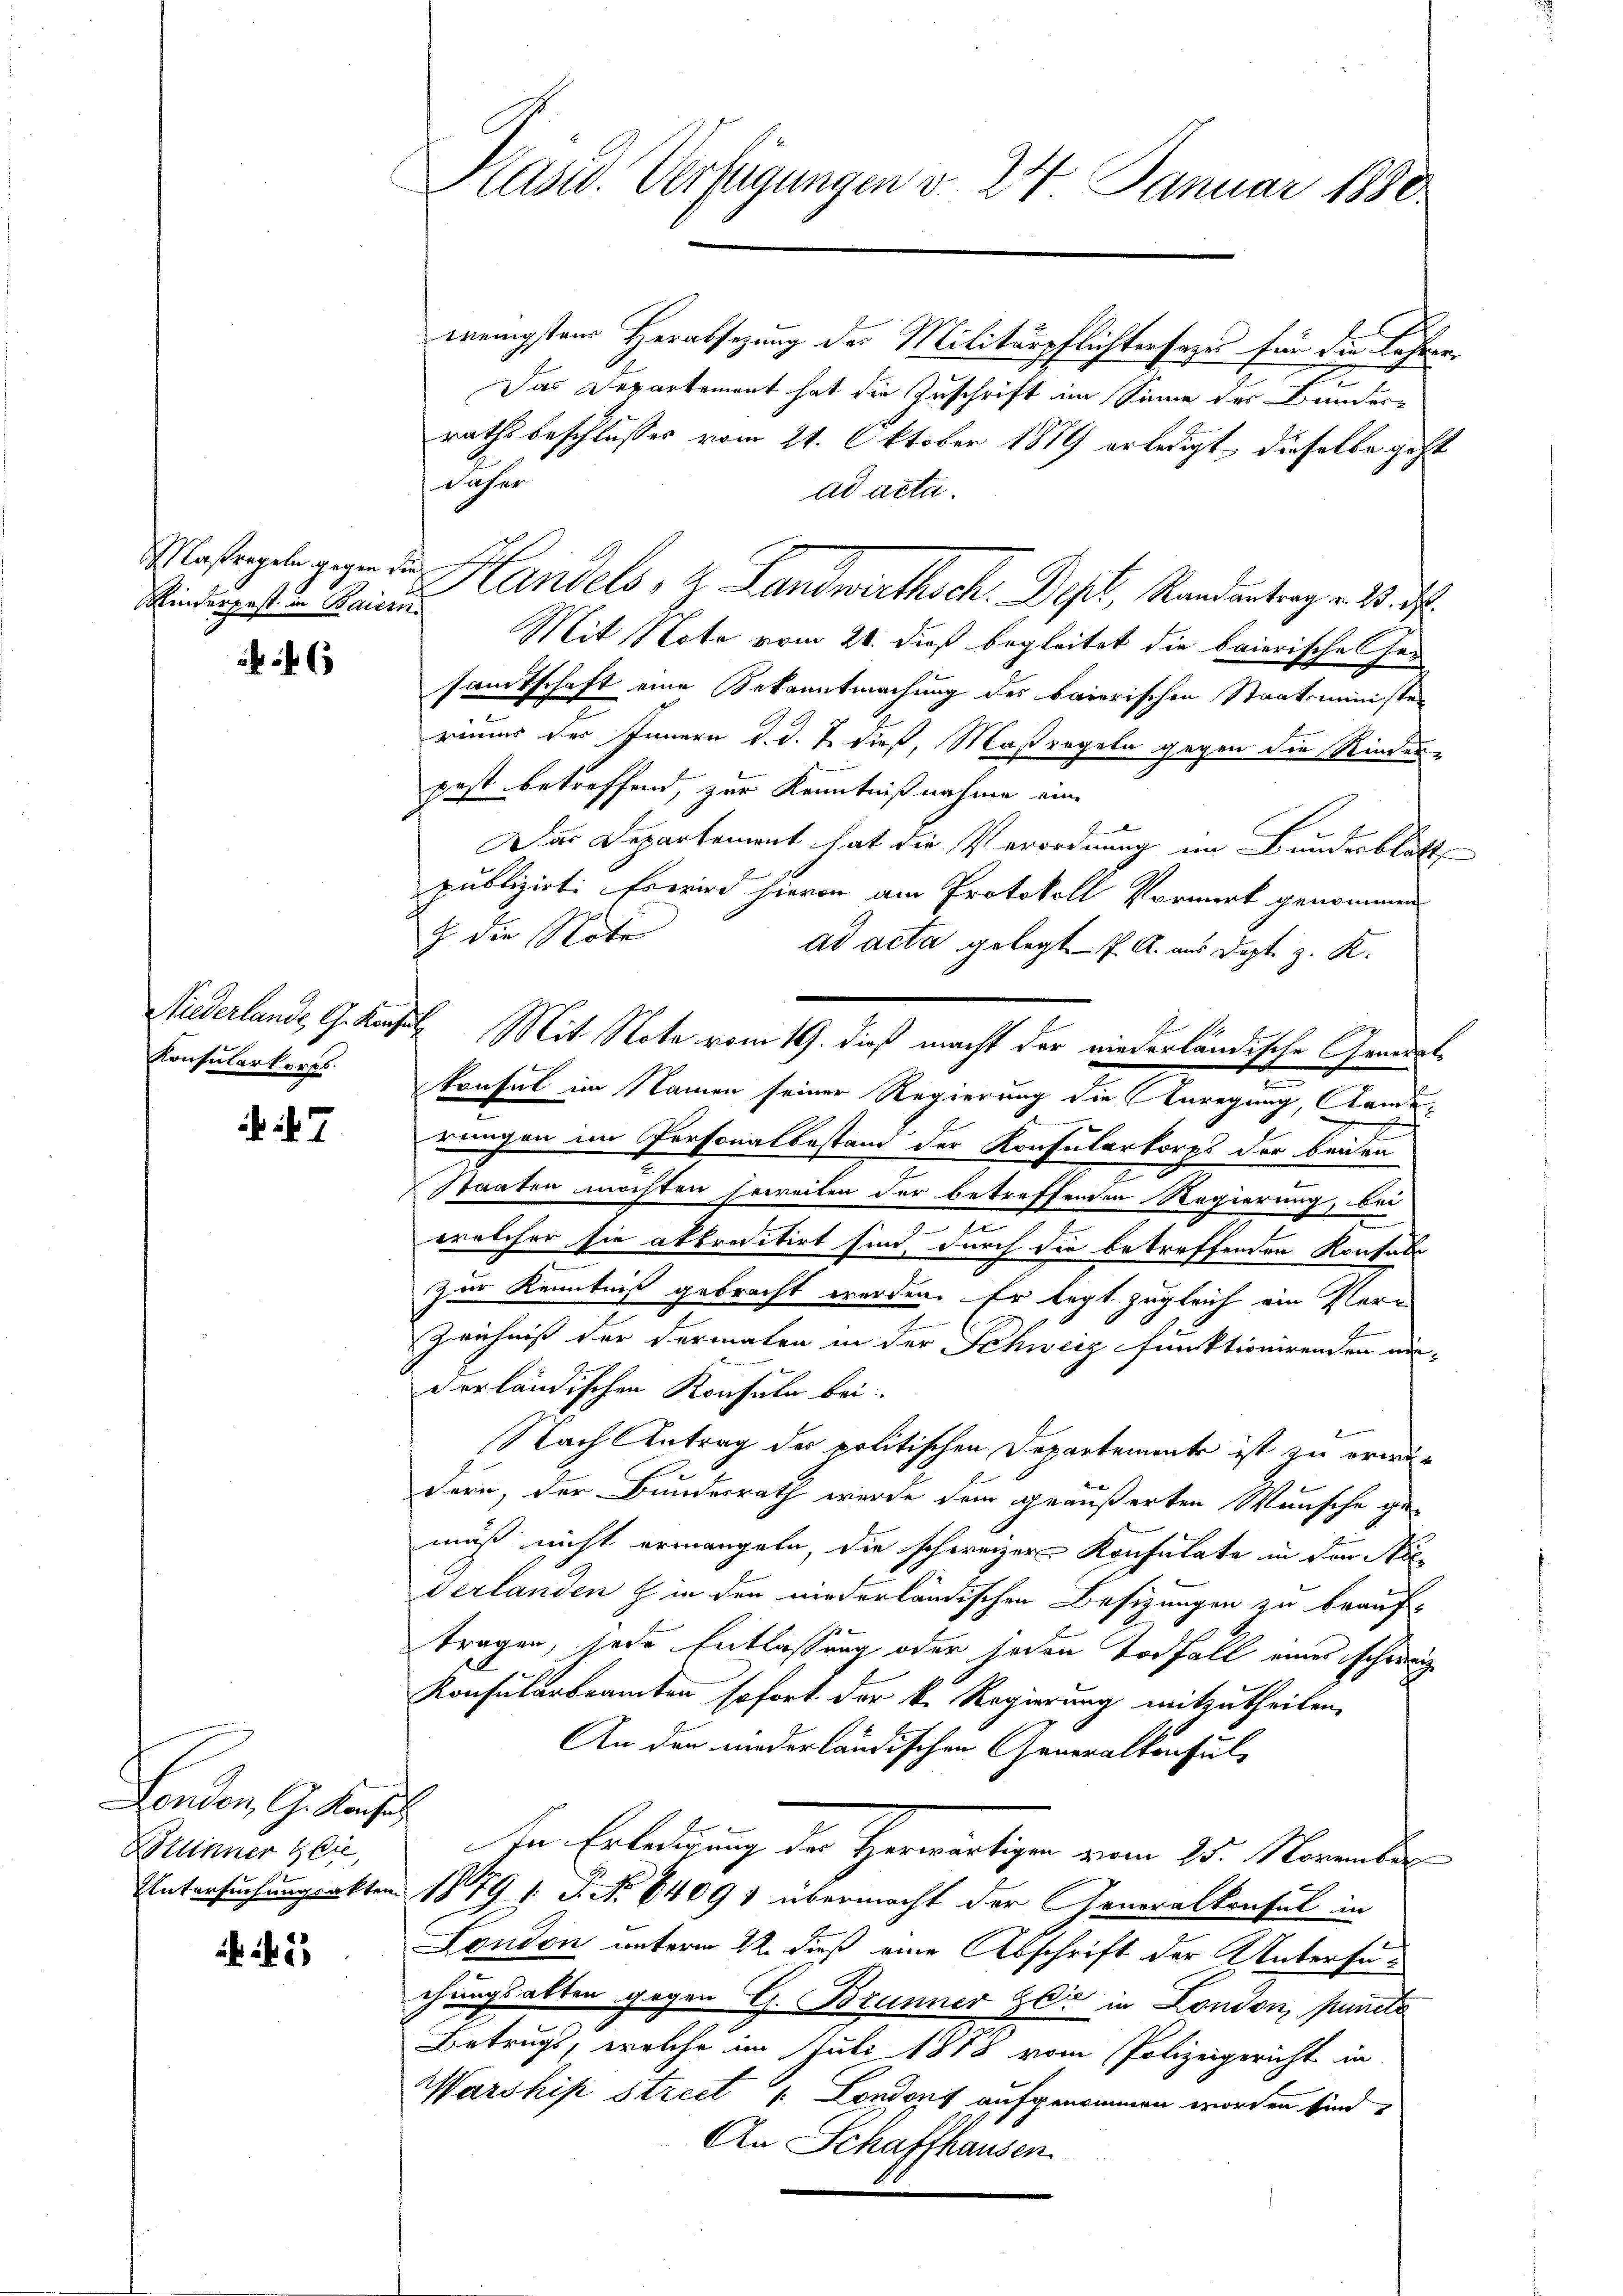
Kinderpest in Baiern

4

Konsularkorps.

7

London, G. Konsul
Bottinner Zeit,

5

Käsed. Verfügungen v. 24 Januar 1850.

wenigsten Herabsetzung des Militärpflichtersages für die Lehrer¬
Das Departement hat die Zuschrift im Sinne des Bundes-
rathsbeschlusses vom 21. Oktober 1879 erledigt, dieselbe geht
daher
ad acta.
Mit Note vom 20. dieß begleitet die baierische Gen
sandtschaft eine Bekanntmachung des baierischen Staatsminister
rimmer des Innern d. d. 2. dieß, Maßregeln gegen die Rinder-
post betreffend, zur Kenntnißnahme eine
Das Departement hat die Verordnung im Bundesblatt
publizirt. Es wird hievon am Protokoll Vormerk genommen
 die Note
ad acta gelegt - 7. A. aus Dept. z. K.
Niderlande G. Konsul Mit Note vom 19. dieß macht der niederländische Gendant
e
konsul im Namen seiner Regierung die Anregung, ande¬

rungen im Personalbestand der Konsularkorps der beiden
Staaten möchten hereiten der betreffenden Regierung, bei
.
welcher sie akkreditirt sind, durch die betreffenden Konsul
zur Kenntniß gebracht werden. Er legt zugleich ein Par¬
Zeichniß der dermalen in der Schweiz funktionirenden aus-
derländischen Konsula bei.
Nach Antrag der politischen Departemente ist zu erwär
dern, der Bundesrath werde dem geäußerten Wunsche ge-
muß nicht ermangeln, die schweizer Konsulate in der Nieverlanden & in der niederländischen Besizungen zu beauftragen, jede Entlassung oder jeden Todfall eines schweize
Konsularbeamten sofort der k. Regierung mitzutheilen.
An den niederländischen Generalkonsul-
In Erledigung der Herwärtigen vom 15. November
Untersuchungsakten 1879 f. P. Nr. 64091 übermacht der Generalkonsul in
London unterm 22. dieß eine Abschrift der Untersuchungsalten gegen G. Brunner Zeit in London, puncte
Betrugs, welche im Juli 1878 vom Polizeigericht in
Warshisi street /: Londons aufgenommen worden sind,
An Schaffhausen.

Mlasregel gegen den Handels, H. Landwirthsch. Dest, Randantrag v. 4. d.